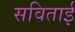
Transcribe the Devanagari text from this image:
सविताई